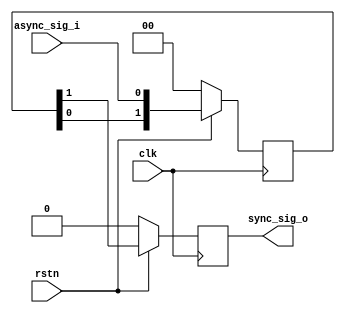
// Code your design here
module synchronizer #(parameter STAGES = 2) (
  input clk,       // Clock
  input rstn,      // Synchronous reset
  input async_sig_i,  // Asynchronous signal in
  output reg sync_sig_o  // Synchronized signal out
);

reg [STAGES-1:0] flipflops;
(* ASYNC_REG = "true" *) 

always @(posedge clk) begin
  if (rstn == 0) begin
    flipflops <= 0;
  end else begin
    flipflops <= {flipflops[STAGES-2:0], async_sig_i};
  end
if(rstn==0)
begin
	sync_sig_o<=0;
end
else
begin
	sync_sig_o <= flipflops[STAGES-1];
end
end
endmodule